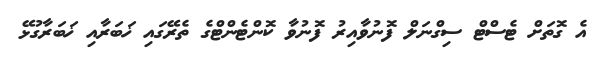
އެ ގޮތަށް ޓެސްޓް ސިގްނަލް ފޮނުވާއިރު ފޮނުވާ ކޮންޓެންޓްގެ ތެރޭގައި ޚަބަރާއި ޚަބަރާގުޅޭ